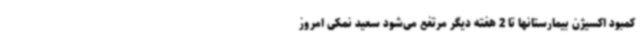
کمبود اکسیژن بیمارستانها تا 2 هفته دیگر مرتفع می‌شود سعید نمکی امروز